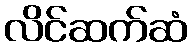
လိင်ဆက်ဆံ